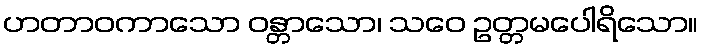
ဟတာဝကာသော ဝန္တာသော၊ သဝေ ဥတ္တမပေါရိသော။